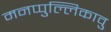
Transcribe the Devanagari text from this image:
मनप्पुल्लिकावु